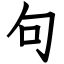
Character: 句